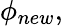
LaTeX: \mathbf{\phi}_{new},